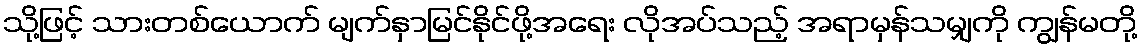
သို့ဖြင့် သားတစ်ယောက် မျက်နှာမြင်နိုင်ဖို့အရေး လိုအပ်သည့် အရာမှန်သမျှကို ကျွန်မတို့